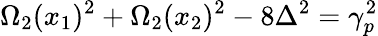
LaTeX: \Omega_{2}(x_{1})^{2}+\Omega_{2}(x_{2})^{2}-8\Delta^{2}=\gamma_{p}^{2}